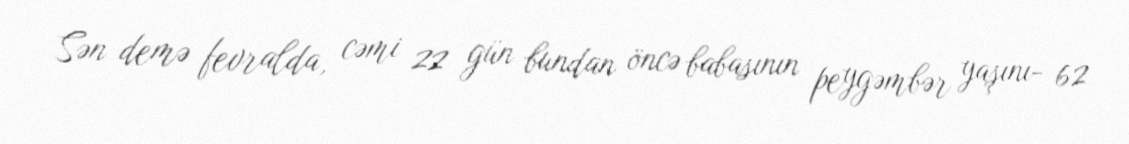
Sən demə fevralda, cəmi 22 gün bundan öncə babasının peygəmbər yaşını- 62